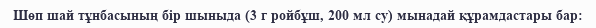
Шөп шай тұнбасының бір шыныда (3 г ройбұш, 200 мл су) мынадай құрамдастары бар: